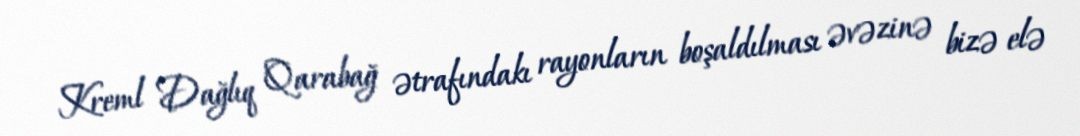
Kreml Dağlıq Qarabağ ətrafındakı rayonların boşaldılması əvəzinə bizə elə